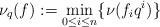
LaTeX: \begin{align*}\nu_q(f):=\min_{0\leq i\leq n}\{\nu(f_iq^i)\}\end{align*}